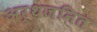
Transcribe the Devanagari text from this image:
अर्थजनित